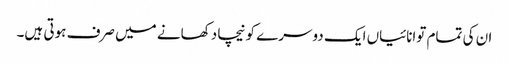
ان کی تمام توانائیاں ایک دوسرے کو نیچا دکھانے میں صرف ہوتی ہیں۔